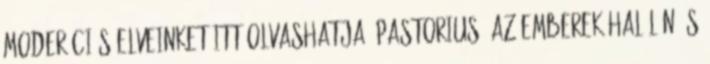
moderációs elveinket itt olvashatja: pastorius: az emberek halálán és